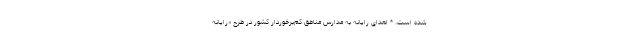
شده است. * اهدای رایانه به مدارس مناطق کم‌برخوردار کشور در طرح «رایانه